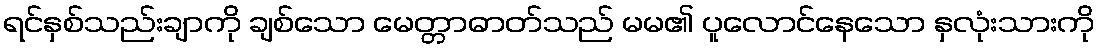
ရင်နှစ်သည်းချာကို ချစ်သော မေတ္တာဓာတ်သည် မမ၏ ပူလောင်နေသော နှလုံးသားကို